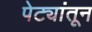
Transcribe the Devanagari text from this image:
पेट्यांतून